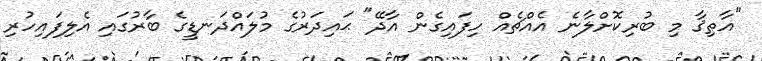
"އާތިޤާ މި ބުރިކޮށްލާނެ އެއްޗެއް ހިފައިގެން އާދޭ" ޙައިދަރުގެ މުލައްދަނޑީގެ ބާރުގައި އެލިފައިހުރި